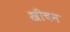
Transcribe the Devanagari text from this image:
खींचन